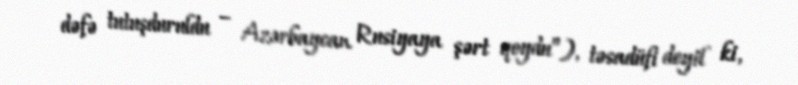
dəfə tutuşduruldu – Azərbaycan Rusiyaya şərt qoydu”), təsadüfi deyil ki,